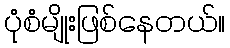
ပုံစံမျိုးဖြစ်နေတယ်။